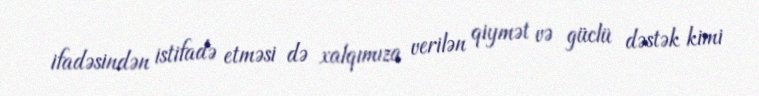
ifadəsindən istifadə etməsi də xalqımıza verilən qiymət və güclü dəstək kimi